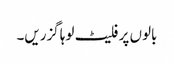
بالوں پر فلیٹ لوہا گزریں۔